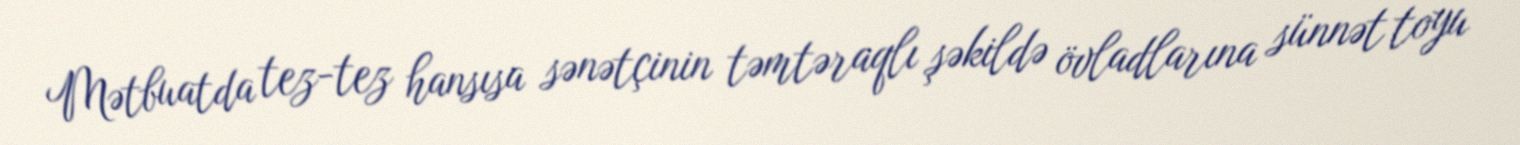
Mətbuatda tez-tez hansısa sənətçinin təmtəraqlı şəkildə övladlarına sünnət toyu